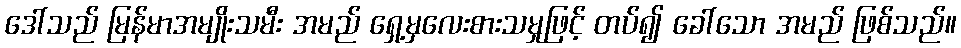
ဒေါ်သည် မြန်မာအမျိုးသမီး အမည် ရှေ့မှလေးစားသမှုဖြင့် တပ်၍ ခေါ်သော အမည် ဖြစ်သည်။